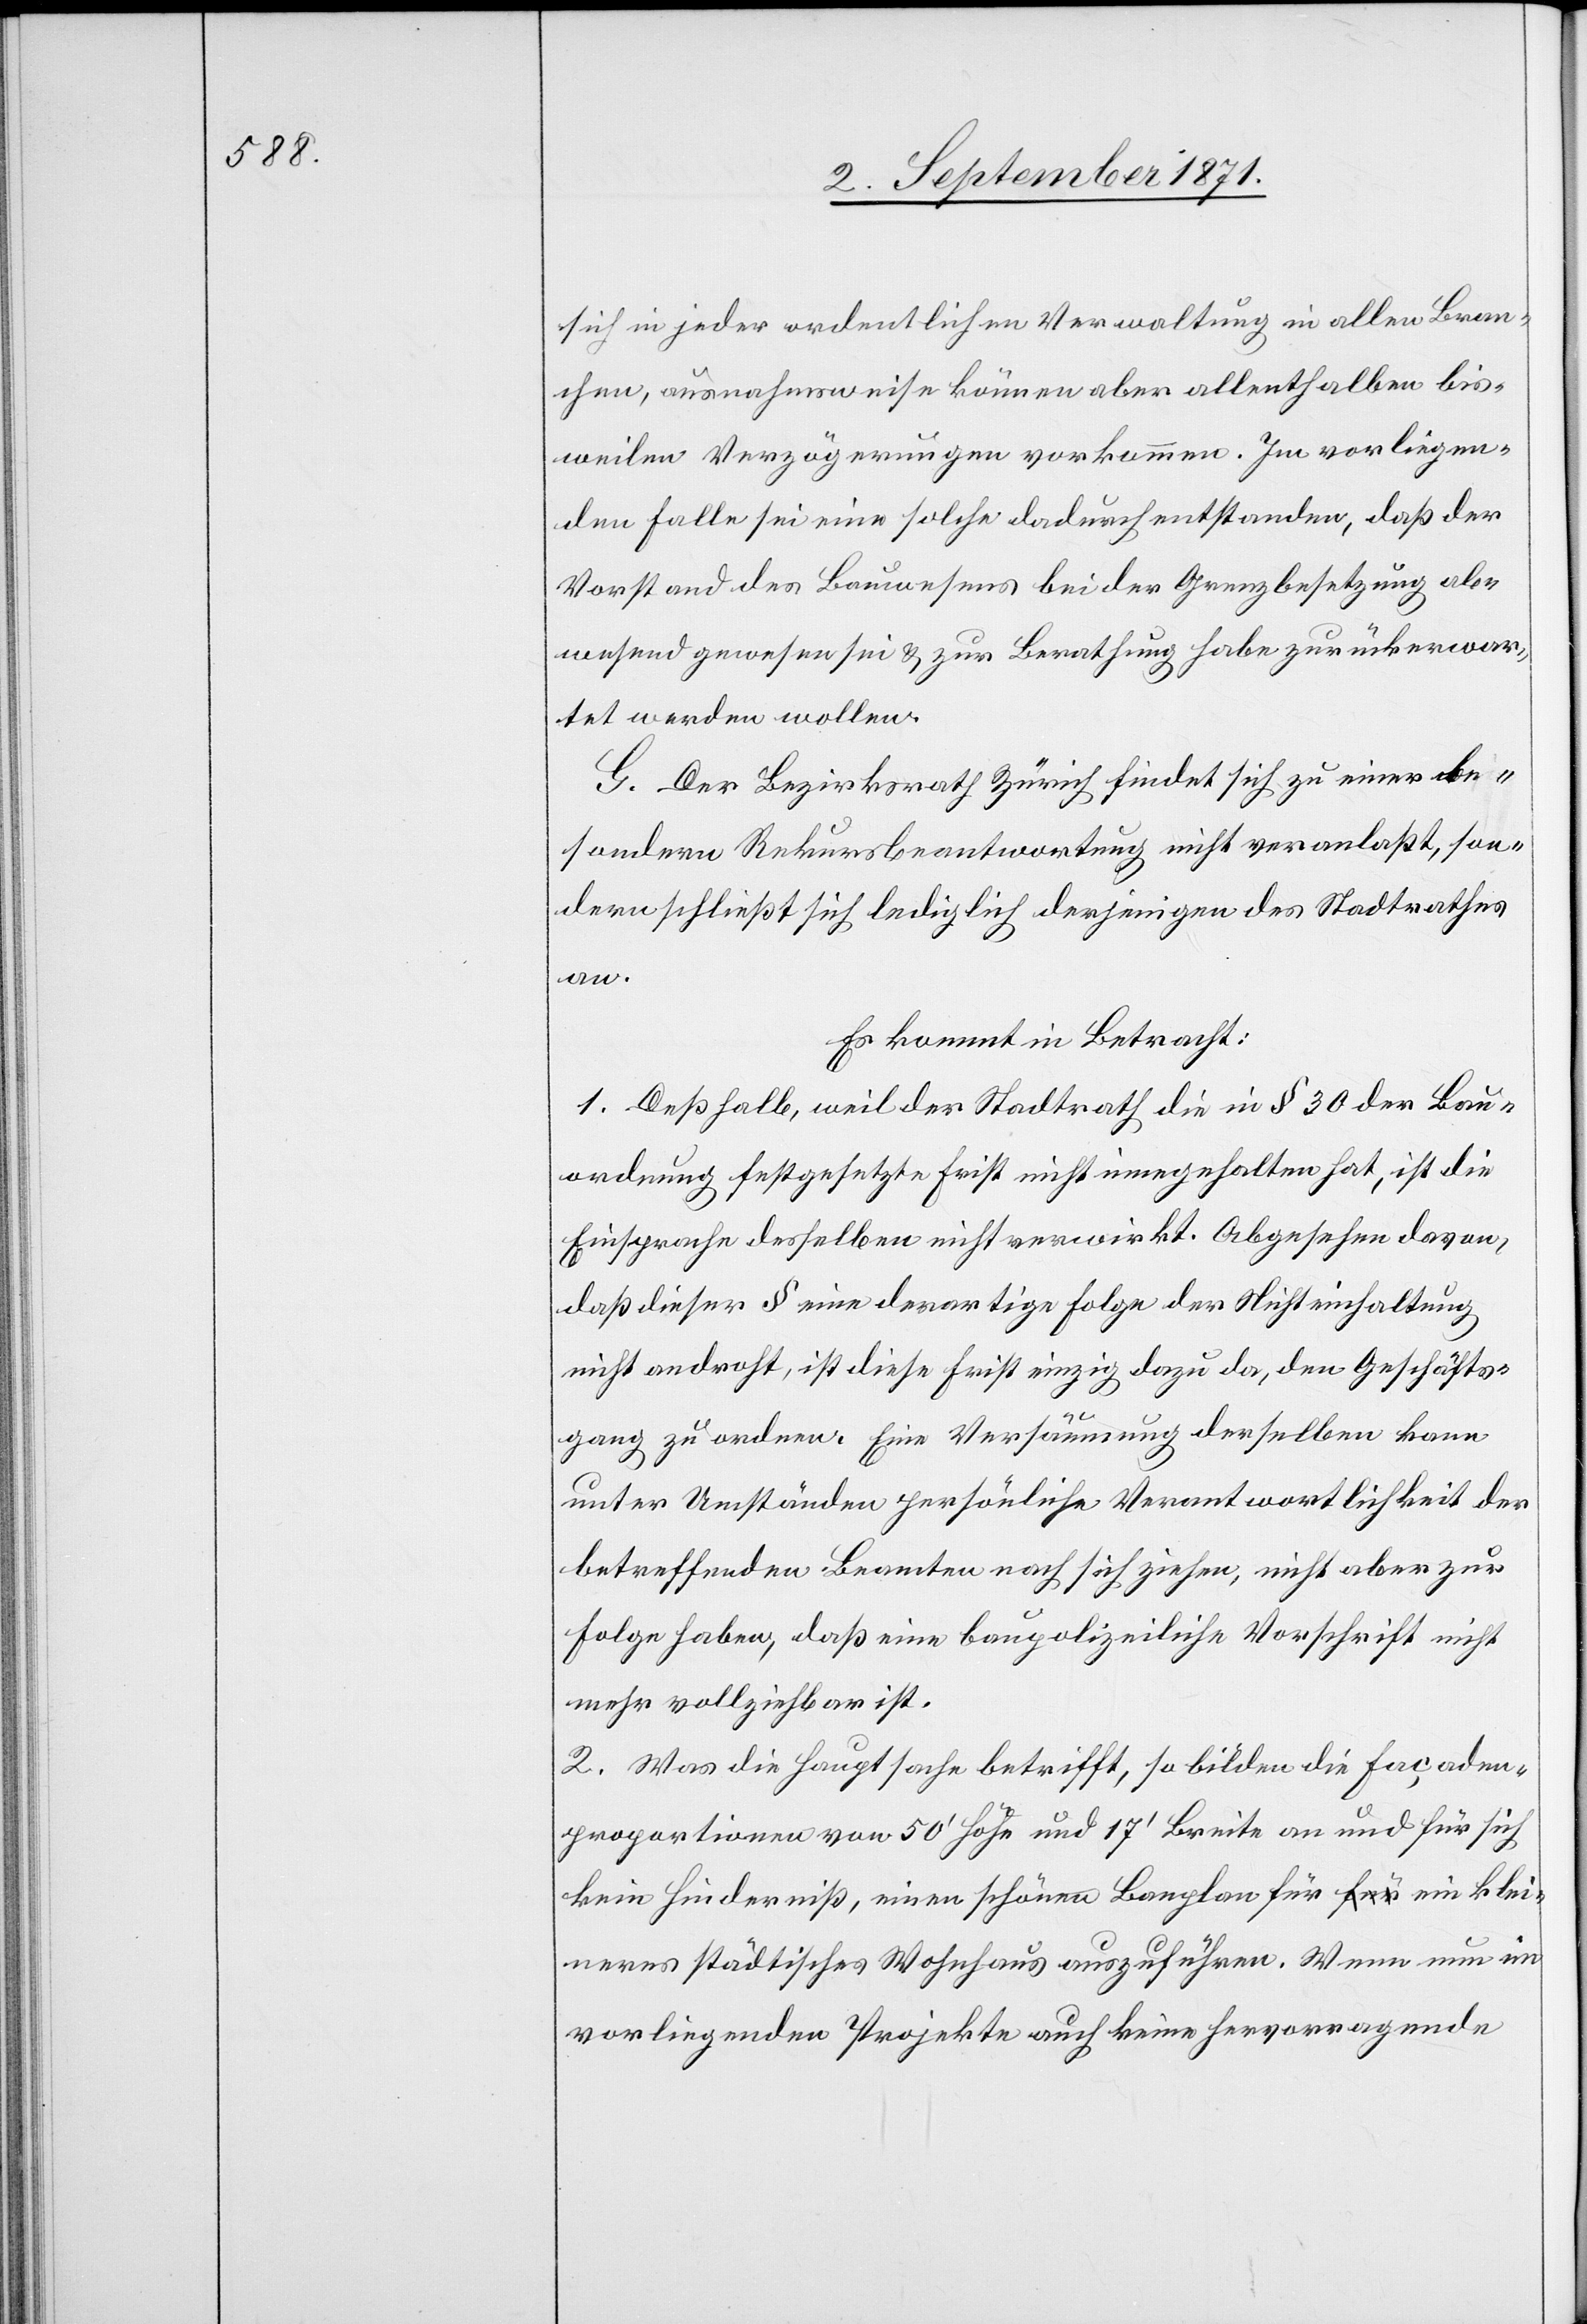
sich in jeder ordentlichen Verwaltung in allen Bran¬
chen, ausnahmsweise können aber allenthalben bis¬
weilen Verzögerungen vorkommen. Im vorliegen¬
den Falle sei eine solche dadurch entstanden, daß der
Vorstand des Bauwesens bei der Grenzbesetzung ab¬
wesend gewesen sei & zur Berathung habe zurückerwar¬
tet werden wollen.
G. Der Bezirksrath Zürich findet sich zu einer be¬
sondern Rekursbeantwortung nicht veranlaßt, son¬
dern schließt sich lediglich derjenigen des Stadtrathes
an.
Es kommt in Betracht:
1. Deßhalb, weil der Stadtrath die in § 30 der Bau¬
ordnung festgesetzte Frist nicht eingehalten hat, ist die
Einsprache desselben nicht verwirkt. Abgesehen davon,
daß dieser § eine derartige Folge der Nichteinhaltung
nicht androht, ist diese Frist einzig dazu da, den Geschäfts¬
gang zu ordnen. Eine Versäumung derselben kann
unter Umständen persönliche Verantwortlichkeit der
betreffenden Beamten nach sich ziehen, nicht aber zur
Folge haben, daß eine baupolizeiliche Vorschrift nicht
mehr vollziehbar ist.
2. Was die Hauptsache betrifft, so bilden die Façaden¬
proportionen von 50’ Höhe und 17’ Breite an und für sich
kein Hinderniß, einen schönen Bauplan für ein klei¬
neres städtisches Wohnhaus auszuführen. Wenn nun in
vorliegendem Projekte auch keine hervorragende